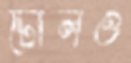
টোলও